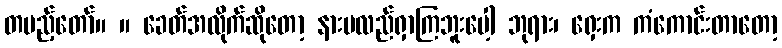
တပည့်တော်။ ။ ခေတ်အလိုက်ဆိုတော့ နားမလည်ရှာကြဘူးပေါ့ ဘုရား၊ ရှေးက ကံကောင်းတာတော့